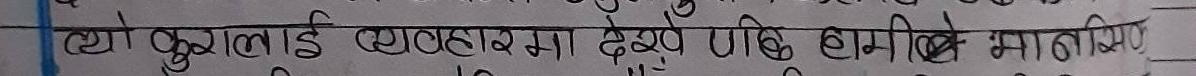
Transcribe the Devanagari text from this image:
त्यो कुरालाई व्यवहारमा देखे पछि हामीले मानियौ